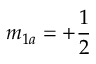
m _ { 1 a } = + \frac { 1 } { 2 }